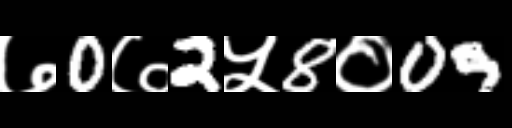
Text: ७0७2५8०09